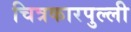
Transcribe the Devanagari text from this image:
चित्रकारपुल्ली